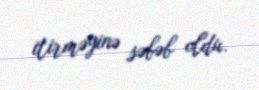
itirməyinə səbəb oldu.